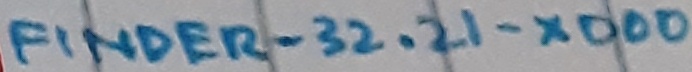
Text: FINDER-32.21.XD00